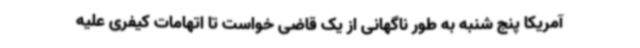
آمریکا پنج شنبه به طور ناگهانی از یک قاضی خواست تا اتهامات کیفری علیه